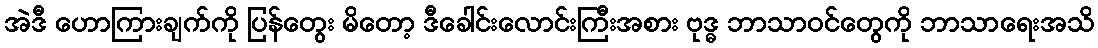
အဲဒီ ဟောကြားချက်ကို ပြန်တွေး မိတော့ ဒီခေါင်းလောင်းကြီးအစား ဗုဒ္ဓ ဘာသာဝင်တွေကို ဘာသာရေးအသိ